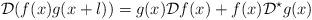
LaTeX: \begin{align*} \mathcal{D}(f(x)g(x+l)) = g(x) \mathcal{D}f(x) + f(x) \mathcal{D}^{\star}g(x) \end{align*}